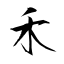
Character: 禾